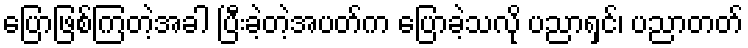
ပြောဖြစ်ကြတဲ့အခါ ပြီးခဲ့တဲ့အပတ်က ပြောခဲ့သလို ပညာရှင်၊ ပညာတတ်